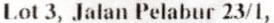
LOT 3, JALAN PELABUR 23/1,